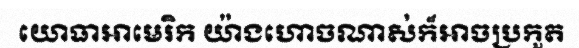
យោធាអាមេរិក យ៉ាងហោចណាស់ក៏អាចប្រកួត